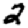
Digit: 2